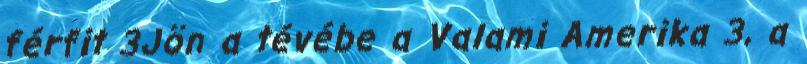
férfit 3Jön a tévébe a Valami Amerika 3, a